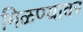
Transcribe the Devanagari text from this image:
मिळण्यावर